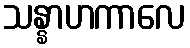
သန္နာဟကာလေ